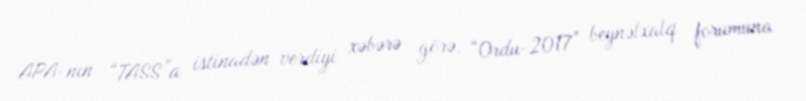
APA-nın “TASS”a istinadən verdiyi xəbərə görə, “Ordu-2017” beynəlxalq forumuna